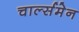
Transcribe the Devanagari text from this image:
चार्ल्समेन